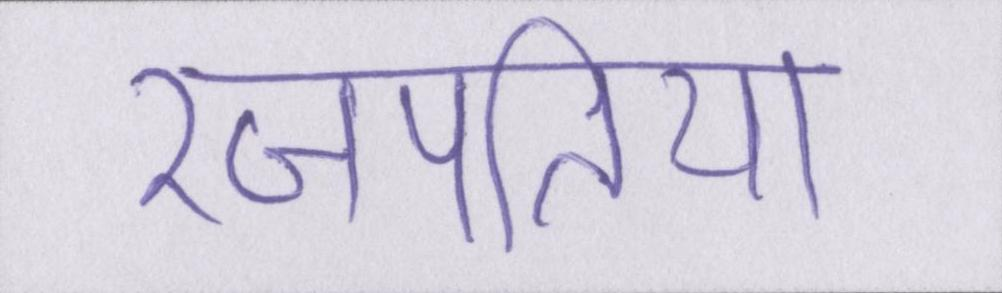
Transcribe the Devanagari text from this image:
रजपतिया